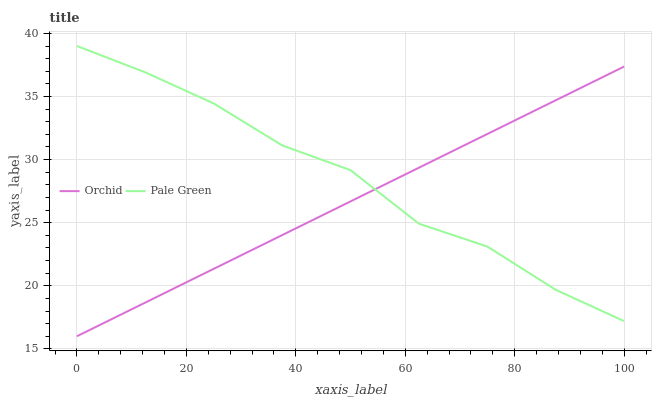
| xaxis_label | Orchid | Pale Green |
 | --- | --- | --- |
 | 0 | 16 | 39 |
 | 12.5 | 18.7 | 36.9 |
 | 25 | 21.3 | 34.4 |
 | 37.5 | 24 | 31.1 |
 | 50 | 26.7 | 29.2 |
 | 62.5 | 29.4 | 24.9 |
 | 75 | 32 | 23.1 |
 | 87.5 | 34.7 | 19.7 |
 | 100 | 37.4 | 17.2 |